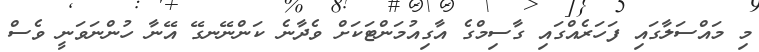
މި މައްސަލާގައި ފަހަރެއްގައި ގާސިމްގެ އާގިއުމަންޓަކަށް ވެދާނެ ކަންނޭނގޭ އޭނާ ހުންނަވަނީ ވެސް